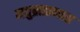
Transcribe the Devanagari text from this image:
मधुब्राह्मणास